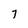
Character: 7